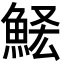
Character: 𩷃